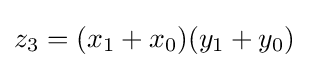
z_{3}=(x_{1}+x_{0})(y_{1}+y_{0})